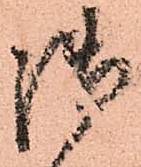
御